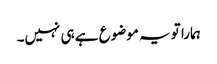
ہمارا تو یہ موضوع ہے ہی نہیں۔